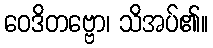
ဝေဒိတဗ္ဗော၊ သိအပ်၏။